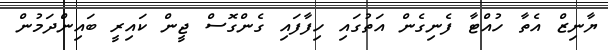
ޔާނިޒް އެތާ ހުއްޓާ ފެނިގެން އަތުގައި ހިފާފައި ގެންގޮސް ޖީން ކައިރީ ބައިންދަމުން